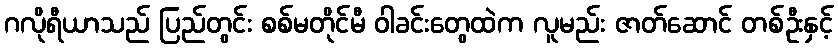
ဂလိုရီယာသည် ပြည်တွင်း စစ်မတိုင်မီ ဝါခင်းတွေထဲက လူမည်း ဇာတ်ဆောင် တစ်ဦးနှင့်